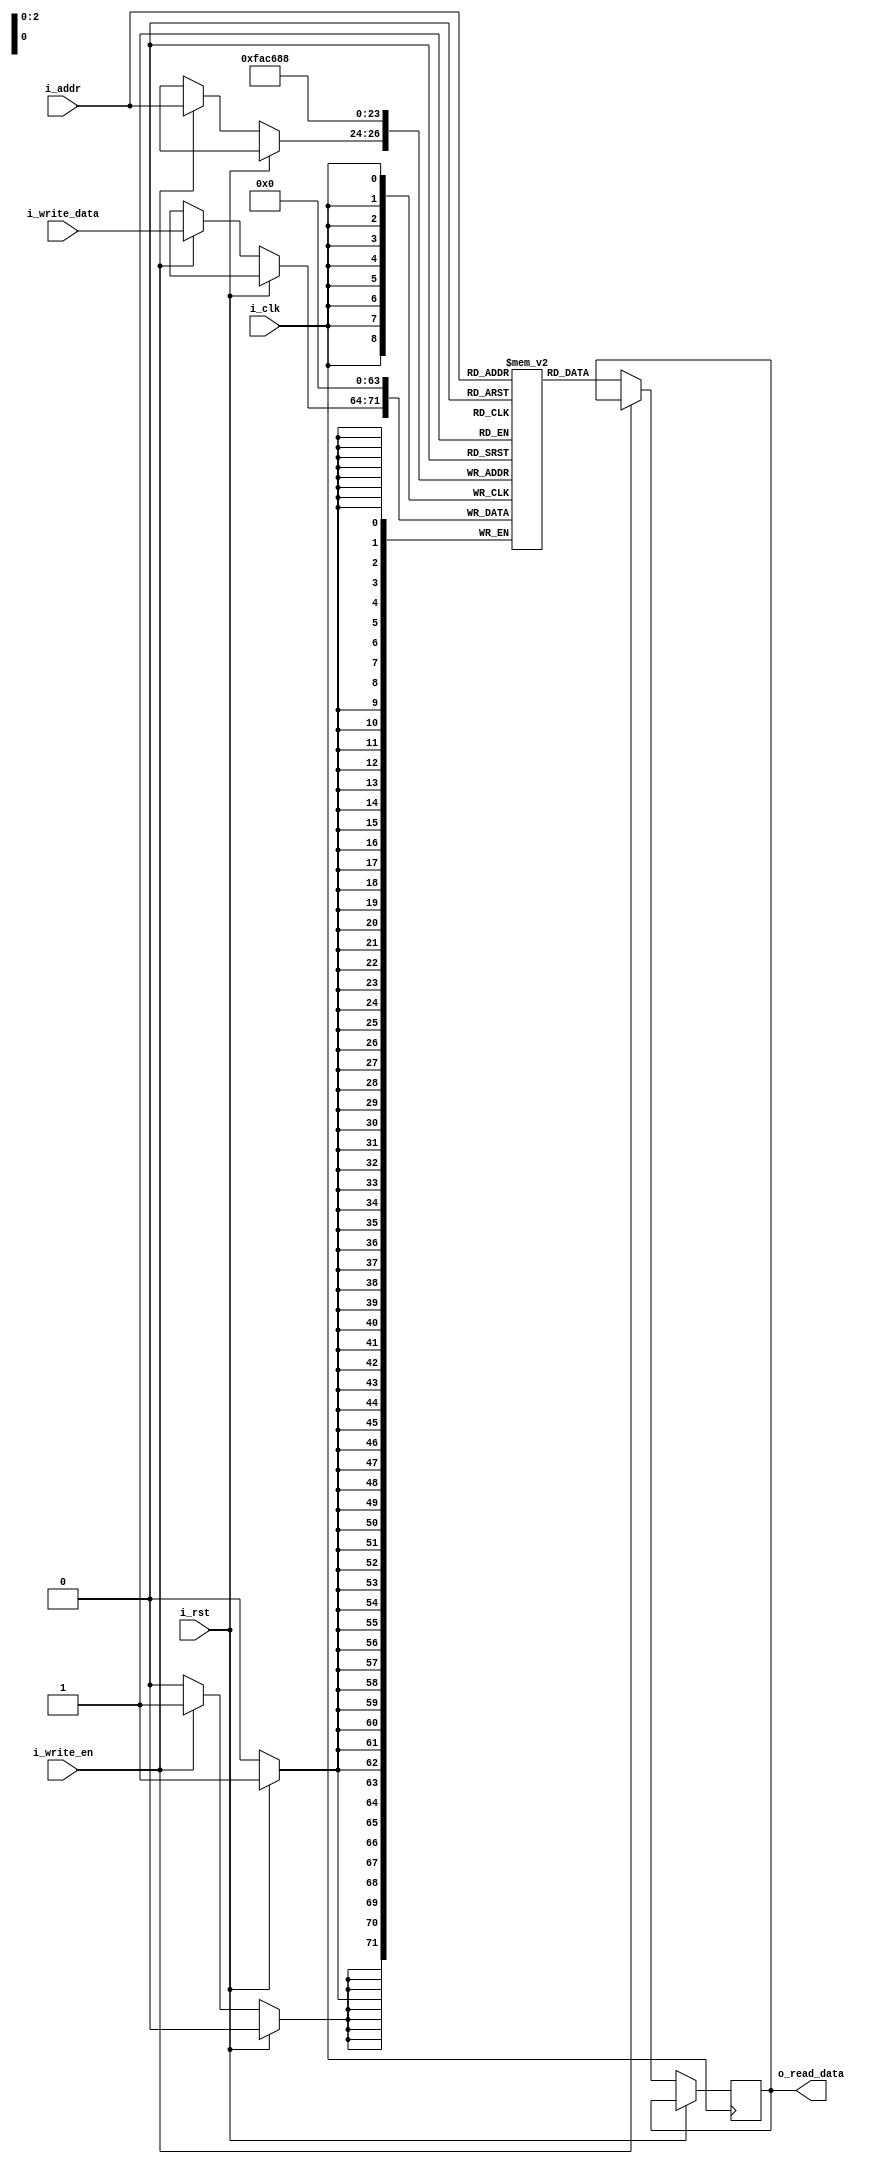
`timescale 1ns / 1ps
//////////////////////////////////////////////////////////////////////////////////
// Company: 
// Engineer: 
// 
// Design Name: 
// Module Name: Eight_bit_Ram
// Project Name: 
// Target Devices: 
// Tool Versions: 
// Description: 
// 
// Dependencies: 
// 
// Revision:
// Revision 0.01 - File Created
// Additional Comments:
// 
//////////////////////////////////////////////////////////////////////////////////


module Eight_bit_Ram(i_clk, i_rst, i_write_en, i_addr, i_write_data, o_read_data);
    
    input i_clk, i_rst, i_write_en;
    input [2:0] i_addr;
    input [7:0] i_write_data;
    output reg [7:0] o_read_data;
    
    reg [7:0] mem [0:7];
    
    always @ (posedge i_clk)
    begin
        if(i_rst)
        begin
            mem[0] <= 8'b0;
            mem[1] <= 8'b0;
            mem[2] <= 8'b0;
            mem[3] <= 8'b0;
            mem[4] <= 8'b0;
            mem[5] <= 8'b0;
            mem[6] <= 8'b0;
            mem[7] <= 8'b0;
        end
        else 
        begin 
            if(i_write_en)
                mem[i_addr] <= i_write_data;
            else
                o_read_data <= mem[i_addr];
        end
    end
endmodule